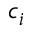
c _ { i }